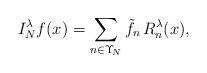
LaTeX: \begin{align*}{ I}_{N}^\lambda f( x)=\sum_{ n\in \Upsilon_{\!N}}\tilde{f}_{ n}\, R_{ n}^\lambda( x),\end{align*}